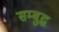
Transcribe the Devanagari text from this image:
सम्बुद्ध